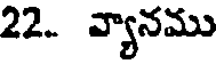
22. వ్యానము